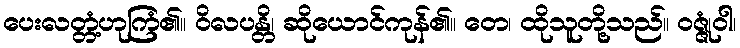
ပေးလတ္တံ့ဟုကြံ၏။ ဝိလပန္တိ၊ ဆိုယောင်ကုန်၏။ တေ၊ ထိုသူတို့သည်။ ဝဇ္ဇုံဝါ၊